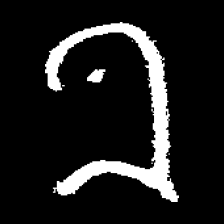
Pyu character \u2014 Myanmar letter: ခ (romanized: kha)